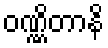
ဝဏ္ဏိတာနိ